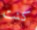
كنت